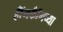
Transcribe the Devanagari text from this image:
हॉँगकॉँगच्या